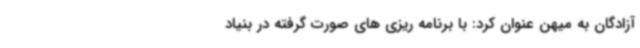
آزادگان به میهن عنوان کرد: با برنامه ریزی های صورت گرفته در بنیاد